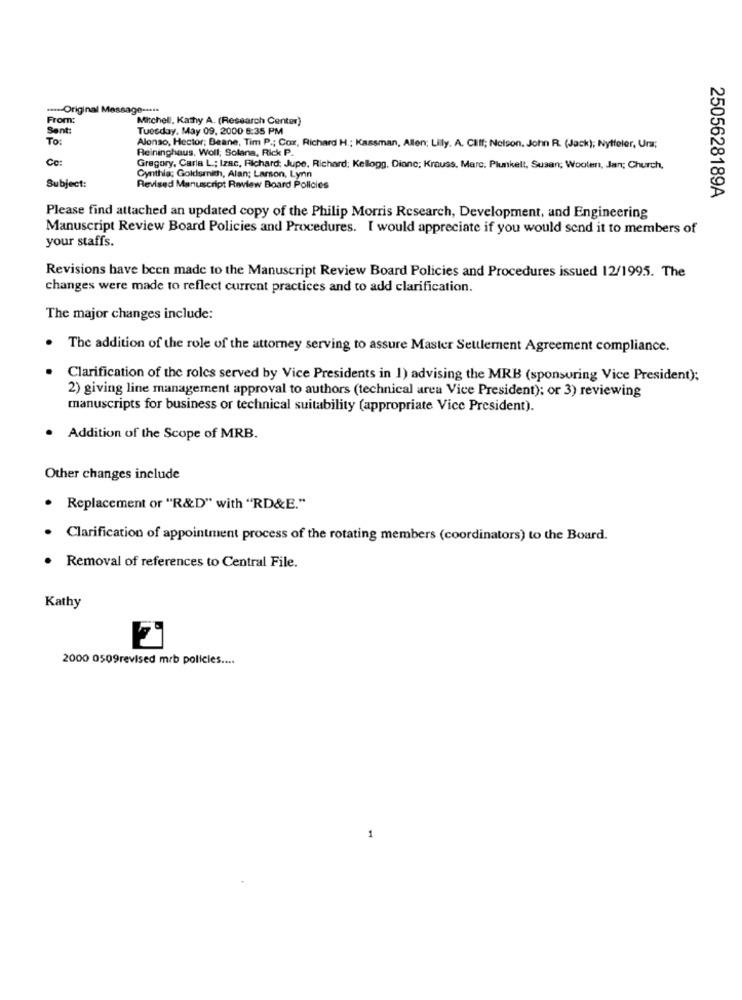
...-- Original Message -****
From:
Mitchell, Kathy A. (Research Center)
Sent:
Tuesday, May 09, 2000 6:35 PM
To:
Reininghaus, Woll; Solana, Rick P.
Alonso, Hector; Beane, Tim P .; Cox, Richard H .; Kassman, Allen, Lilly. A. CIff; Nelson. John R. (Jack); Nytfeler, Urs;
Co:
Gregory, Carla L .; Izac, Richard; Jupe, Richard; Kellogg, Dione; Krauss, Marc. Plunkelt, Susan; Wooler, Jan; Church,
Cynthia; Goldsmith, Alan; Larson, Lynn
Subject:
Revised Manuscript Review Board Policies
2505628189A
Please find attached an updated copy of the Philip Morris Research, Development, and Engineering
Manuscript Review Board Policies and Procedures. I would appreciate if you would send it to members of
your staffs.
Revisions have been made to the Manuscript Review Board Policies and Procedures issued 12/1995. The
changes were made to reflect current practices and to add clarification.
The major changes include:
The addition of the role of the attorney serving to assure Master Settlement Agreement compliance.
Clarification of the roles served by Vice Presidents in 1) advising the MRB (sponsoring Vice President);
2) giving line management approval to authors (technical area Vice President); or 3) reviewing
manuscripts for business or technical suitability (appropriate Vice President).
Addition of the Scope of MRB.
Other changes include
. Replacement or "R&D" with "RD&E."
Clarification of appointment process of the rotating members (coordinators) to the Board.
Removal of references to Central File.
Kathy
2000 0509revised mrb policies ....
1